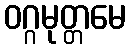
ဝဂ္ဂမုတ္တမေ